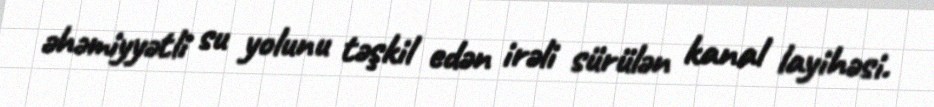
əhəmiyyətli su yolunu təşkil edən irəli sürülən kanal layihəsi.